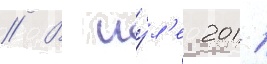
// В иу́л'е 2011